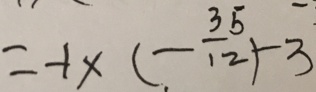
= - 1 \times ( - \frac { 3 5 } { 1 2 } ) - 3